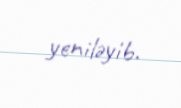
yeniləyib.